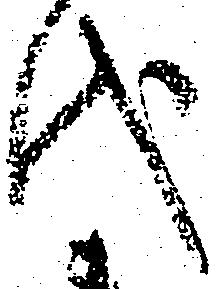
代